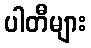
ပါတီများ